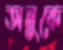
অনুকে